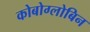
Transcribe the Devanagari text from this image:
कोबोग्लोबिन